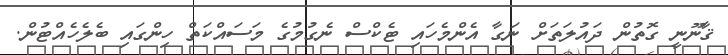
ޤާނޫނީ ގޮތުން ދައުލަތަށް ނަގާ އެންމެހައި ޓެކްސް ނެގުމުގެ މަސައްކަތް ހިންގައި ބެލެހެއްޓުން.